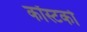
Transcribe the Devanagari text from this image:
कॉस्टको